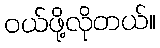
ဝယ်ဖို့လိုတယ်။